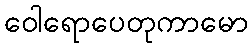
ဝေါရောပေတုကာမော